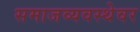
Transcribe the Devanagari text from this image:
समाजव्यवस्थेवर